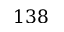
1 3 8